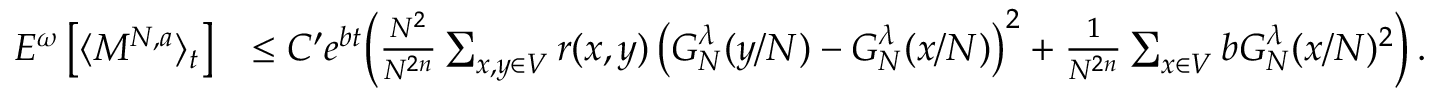
\begin{array} { r l } { E ^ { \omega } \left[ \langle M ^ { N , a } \rangle _ { t } \right] } & { \leq C ^ { \prime } e ^ { b t } \Big ( \frac { N ^ { 2 } } { N ^ { 2 n } } \sum _ { x , y \in V } r ( x , y ) \left( G _ { N } ^ { \lambda } ( y / N ) - G _ { N } ^ { \lambda } ( x / N ) \right) ^ { 2 } + \frac { 1 } { N ^ { 2 n } } \sum _ { x \in V } b G _ { N } ^ { \lambda } ( x / N ) ^ { 2 } \Big ) \, . } \end{array}